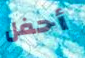
أحفل